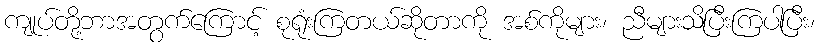
ကျုပ်တို့ဘာအတွက်ကြောင့် စုရုံးကြတယ်ဆိုတာကို အစ်ကိုများ၊ ညီများသိပြီးကြပါပြီး၊